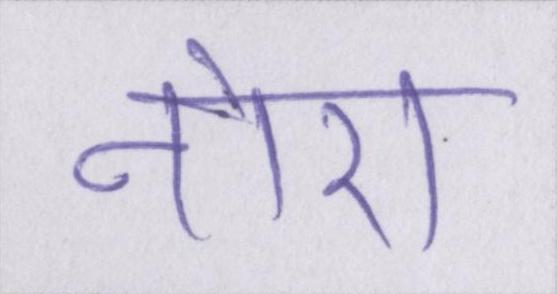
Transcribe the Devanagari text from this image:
नोरा